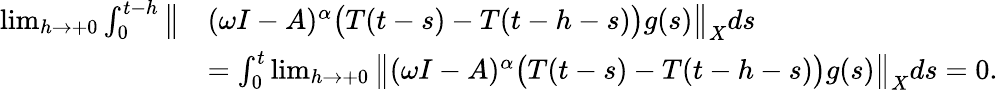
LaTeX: \begin{array}{rl}{\operatorname*{lim}_{h\to+0}\int_{0}^{t-h}\big\| }&{(\omega I-A)^{\alpha}\big(T(t-s)-T(t-h-s)\big)g(s)\big\| _{X}ds}\\ &{=\int_{0}^{t}\operatorname*{lim}_{h\to+0}\big\| (\omega I-A)^{\alpha}\big(T(t-s)-T(t-h-s)\big)g(s)\big\| _{X}ds=0.}\end{array}